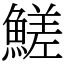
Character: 䱹